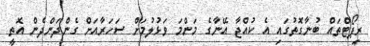
ރިޕޯޓްތައް ބުނާގޮތުގައި އެ ކުއްޖާ އޭނާގެ މަންމަ ވަޅުލުމަށް ސަހަރާއަށް ގެންދަންދެން އޮތީ